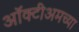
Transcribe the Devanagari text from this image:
ऑक्टीअमच्या